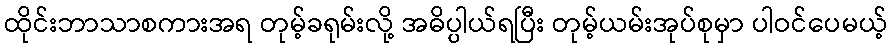
ထိုင်းဘာသာစကားအရ တုမ့်ခရုမ်းလို့ အဓိပ္ပါယ်ရပြီး တုမ့်ယမ်းအုပ်စုမှာ ပါဝင်ပေမယ့်